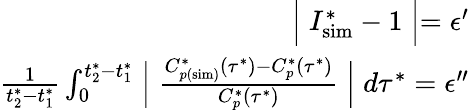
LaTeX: \begin{array}{r}{\Bigm\lvert I_{\mathrm{sim}}^{*}-1\Bigm\rvert=\epsilon^{\prime}}\\ {\frac{1}{t_{2}^{*}-t_{1}^{*}}\int_{0}^{t_{2}^{*}-t_{1}^{*}}\Bigm\lvert\frac{C_{p(\mathrm{sim})}^{*}\left(\tau^{*}\right)-C_{p}^{*}\left(\tau^{*}\right)}{C_{p}^{*}\left(\tau^{*}\right)}\Bigm\rvert d\tau^{*}=\epsilon^{\prime\prime}}\end{array}